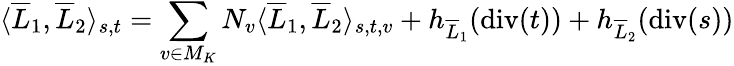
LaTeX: \langle\overline{{L}}_{1},\overline{{L}}_{2}\rangle_{s,t}=\sum_{v\in M_{K}}N_{v}\langle\overline{{L}}_{1},\overline{{L}}_{2}\rangle_{s,t,v}+h_{\overline{{L}}_{1}}(\operatorname{div}(t))+h_{\overline{{L}}_{2}}(\operatorname{div}(s))